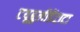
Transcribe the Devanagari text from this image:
टयूबुलीडेंटाटा